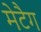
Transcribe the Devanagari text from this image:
मेटैग